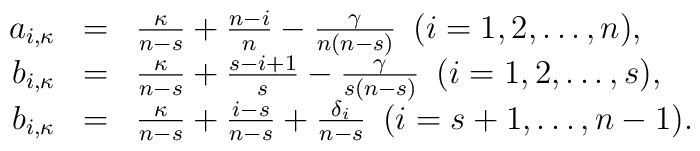
\begin{array}{rcl}a_{i,\kappa}&=&\frac{\kappa}{n-s}+\frac{n-i}{n}-\frac{\gamma}{n(n-s)}\,\,\, (i=1,2,\dots,n),\\b_{i,\kappa}&=&\frac{\kappa}{n-s}+\frac{s-i+1}{s}-\frac{\gamma}{s(n-s)}\,\,\, (i=1,2,\dots,s),\\b_{i,\kappa}&=&\frac{\kappa}{n-s}+\frac{i-s}{n-s}+\frac{\delta_{i}}{n-s}\,\,\, (i=s+1,\dots,n-1).\end{array}